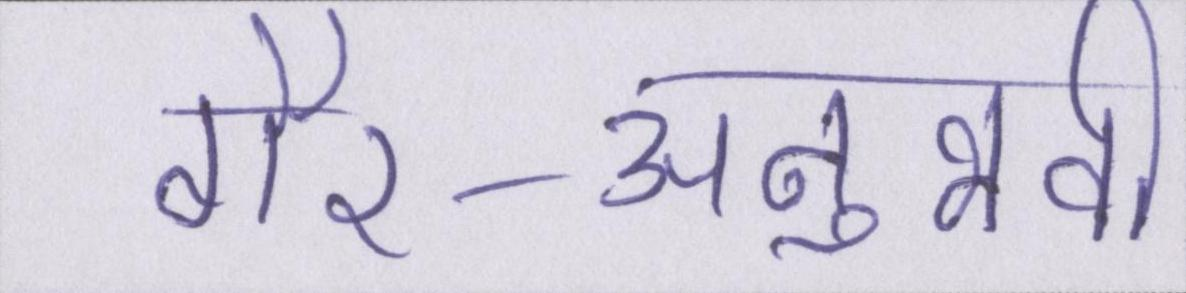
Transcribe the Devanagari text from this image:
गैर-अनुभवी